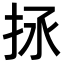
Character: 𢫒